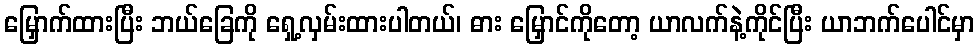
မြှောက်ထားပြီး ဘယ်ခြေကို ရှေ့လှမ်းထားပါတယ်၊ ဓား မြှောင်ကိုတော့ ယာလက်နဲ့ကိုင်ပြီး ယာဘက်ပေါင်မှာ